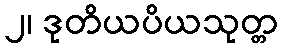
၂၊ ဒုတိယပိယသုတ္တ